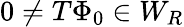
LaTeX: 0\neq T\Phi_{0}\in W_{R}